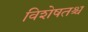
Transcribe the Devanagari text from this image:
विशेषतश्च